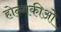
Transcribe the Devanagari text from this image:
होन्गकीओ